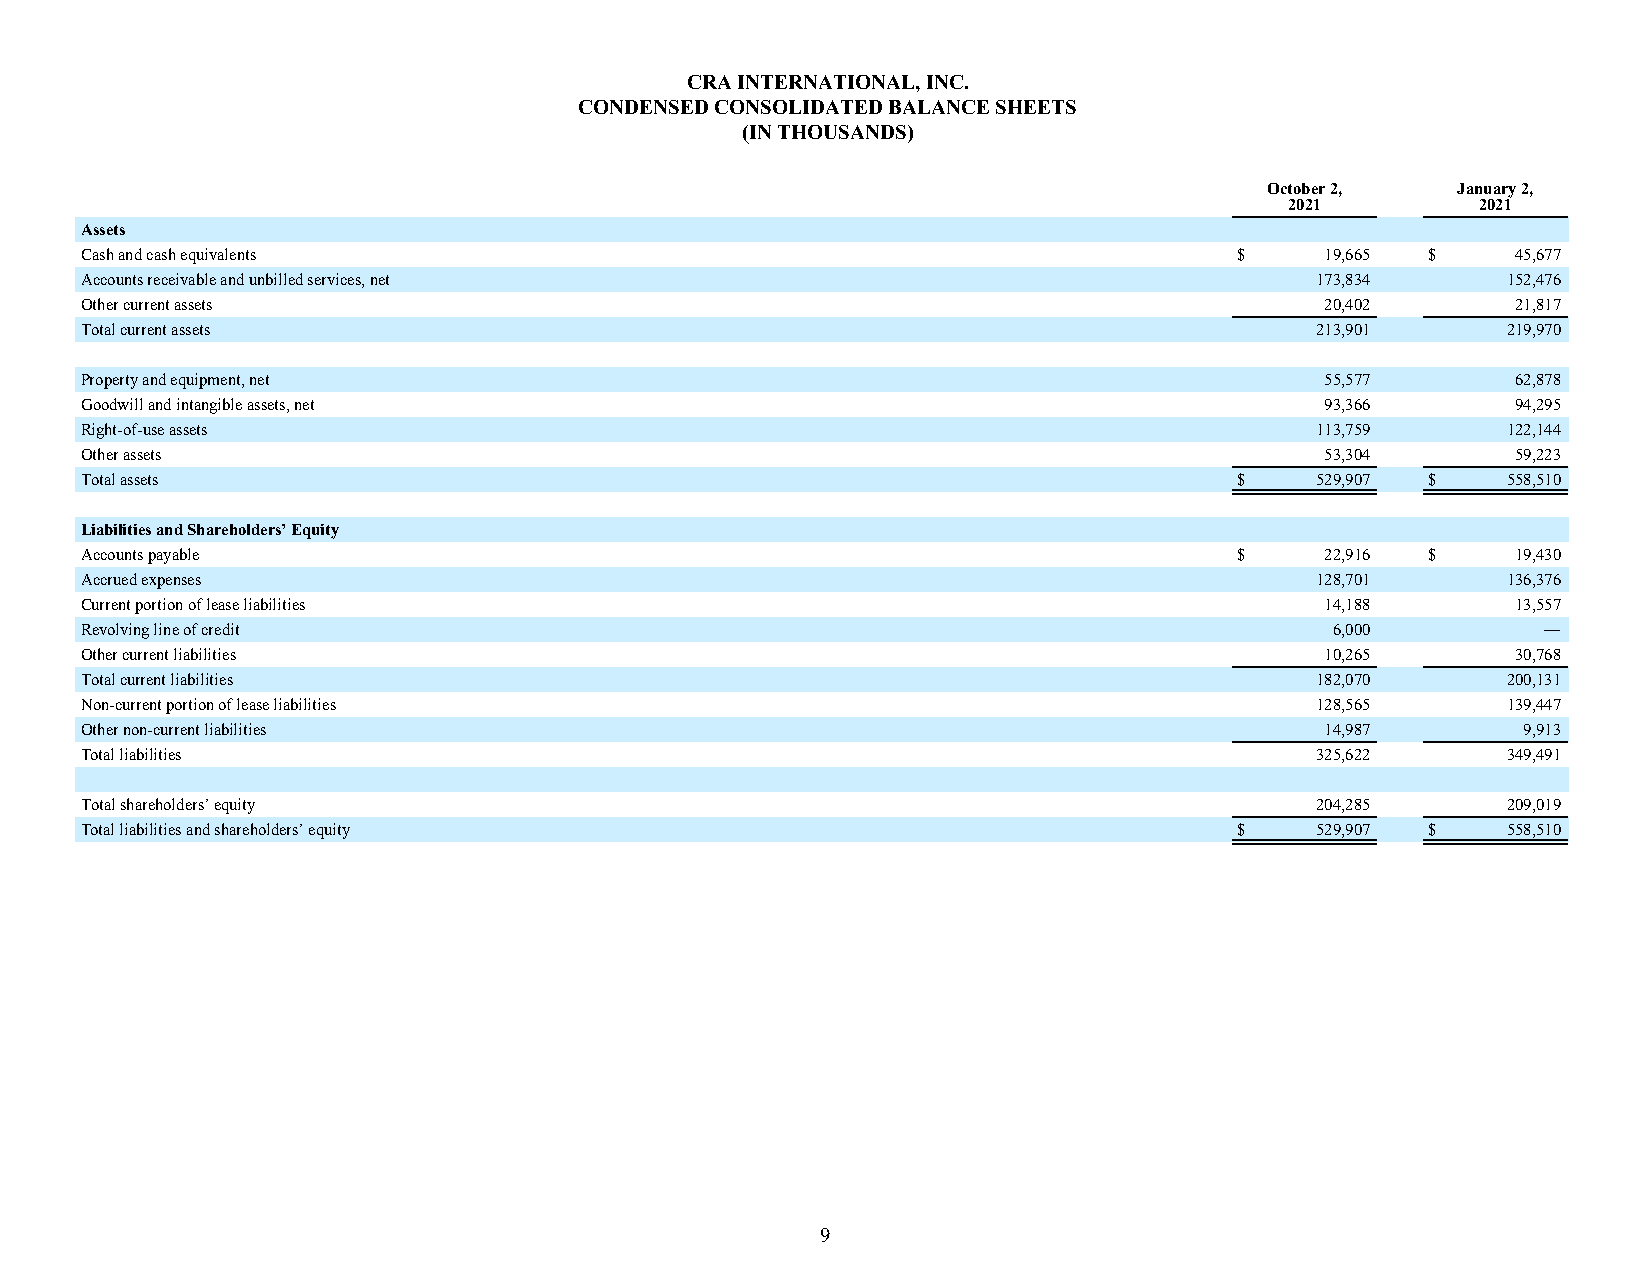
CRA INTERNATIONAL, INC.
 CONDENSED CONSOLIDATED BALANCE SHEETS
 (IN THOUSANDS)
 October 2,  January 2,
 2021         2021
 Assets
 Cash and cash equivalents                                                    $     19,665 $    45,677
 Accounts receivable and unbilled services, net                                    173,834      152,476
 Other current assets                                                               20,402      21,817
 Total current assets                                                              213,901      219,970
 Property and equipment, net                                                        55,577      62,878
 Goodwill and intangible assets, net                                                93,366      94,295
 Right-of-use assets                                                               113,759      122,144
 Other assets                                                                       53,304      59,223
 Total assets                                                                 $    529,907 $    558,510
 Liabilities and Shareholders’ Equity
 Accounts payable                                                             $     22,916 $    19,430
 Accrued expenses                                                                  128,701      136,376
 Current portion of lease liabilities                                               14,188      13,557
 Revolving line of credit                                                           6,000         —
 Other current liabilities                                                          10,265      30,768
 Total current liabilities                                                         182,070      200,131
 Non-current portion of lease liabilities                                          128,565      139,447
 Other non-current liabilities                                                      14,987       9,913
 Total liabilities                                                                 325,622      349,491
 Total shareholders’ equity                                                        204,285      209,019
 Total liabilities and shareholders’ equity                                   $    529,907 $    558,510
 9